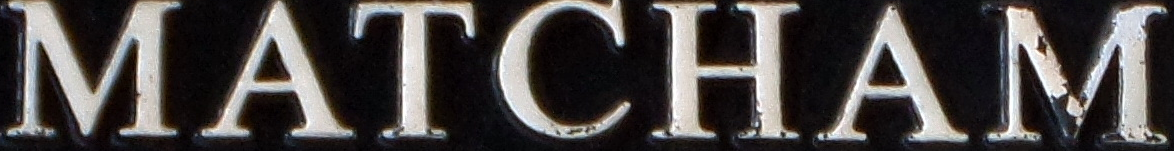
MATCHAM